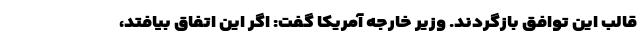
قالب این توافق بازگردند. وزیر خارجه آمریکا گفت: اگر این اتفاق بیافتد،